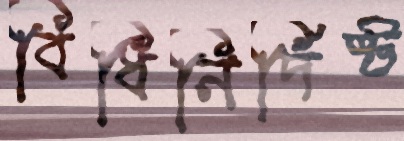
বিধিনির্দিষ্ট